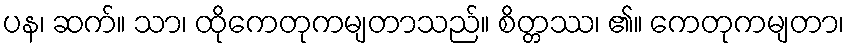
ပန၊ ဆက်။ သာ၊ ထိုကေတုကမျတာသည်။ စိတ္တဿ၊ ၏။ ကေတုကမျတာ၊